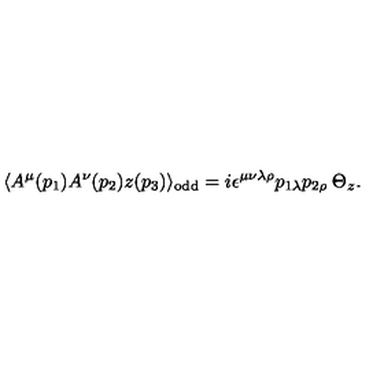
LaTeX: \langle A ^ { \mu } ( p _ { 1 } ) A ^ { \nu } ( p _ { 2 } ) z ( p _ { 3 } ) \rangle _ { \mathrm { o d d } } = i \epsilon ^ { \mu \nu \lambda \rho } p _ { 1 \lambda } p _ { 2 \rho } \: \Theta _ { z } .